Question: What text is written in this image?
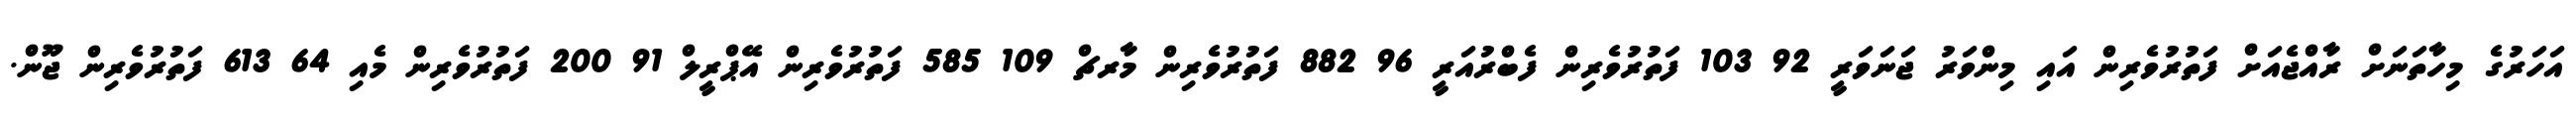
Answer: އަހަރުގެ މިހާތަނަށް ރާއްޖެއަށް ފަތުރުވެރިން އައި މިންވަރު ޖަނަވަރީ 92 103 ފަތުރުވެރިން ފެބްރުއަރީ 96 882 ފަތުރުވެރިން މާރޗް 109 585 ފަތުރުވެރިން އޭޕްރީލް 91 200 ފަތުރުވެރިން މެއި 64 613 ފަތުރުވެރިން ޖޫން.